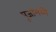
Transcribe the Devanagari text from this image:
पूजांमध्ये